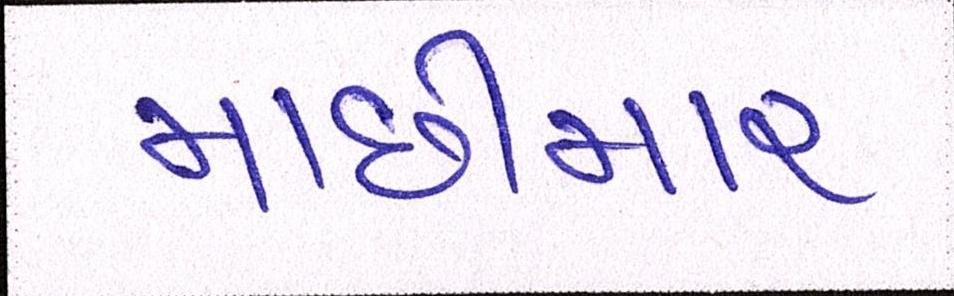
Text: માછીમાર